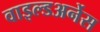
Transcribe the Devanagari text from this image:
वाइल्डअर्नेस